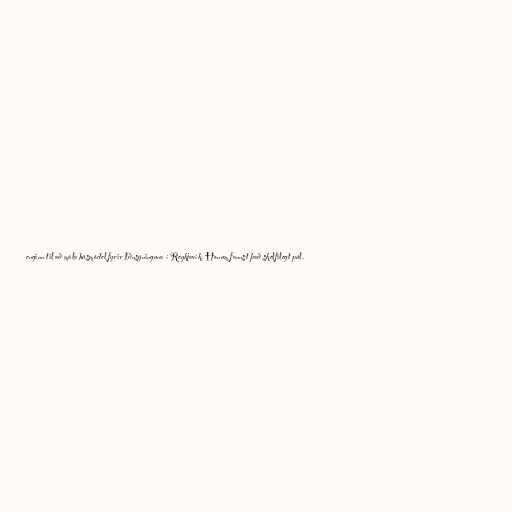
enginn til að mála húsmódel fyrir Iðnsýninguna í Reykjavík. Honum fannst það skelfilegt púl.